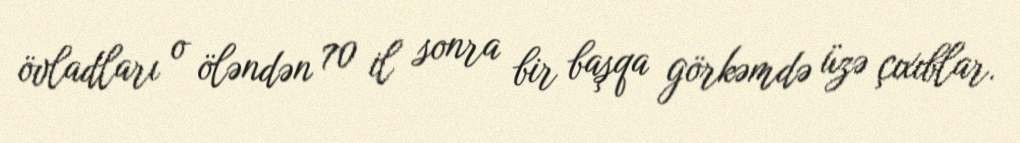
övladları o öləndən 70 il sonra bir başqa görkəmdə üzə çıxıblar.